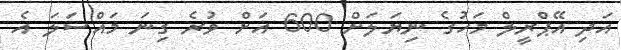
އަދި އޭޕްރީލް މަހުގެ ނިޔަލަށް 600 އަށް ވުރެ ގިނަ މައްސަލަ އެ